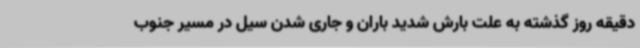
دقیقه روز گذشته به علت بارش شدید باران و جاری شدن سیل در مسیر جنوب